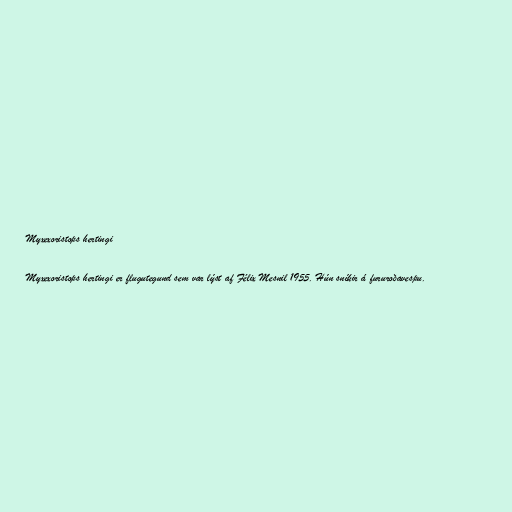
Myxexoristops hertingi

Myxexoristops hertingi er flugutegund sem var lýst af Félix Mesnil 1955. Hún sníkir á fururoðavespu.